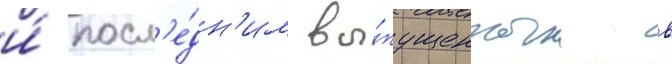
и́ посл'е́дн'им вы́пущенным в